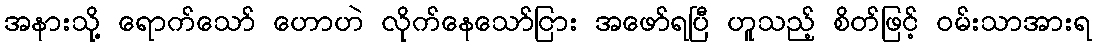
အနားသို့ ရောက်သော် ဟောဟဲ လိုက်နေသော်ငြား အဖော်ရပြီ ဟူသည့် စိတ်ဖြင့် ဝမ်းသာအားရ